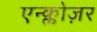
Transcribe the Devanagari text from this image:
एन्क्लोज़र